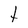
Character: t